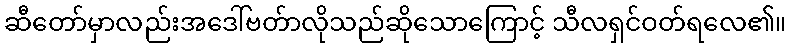
ဆီတော်မှာလည်းအဒေါ်ဗတ်ာလိုသည်ဆိုသောကြောင့် သီလရှင်ဝတ်ရလေ၏။